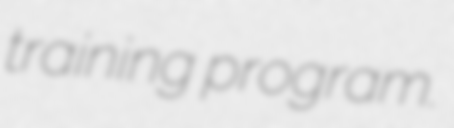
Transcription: training program.